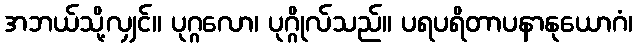
အဘယ်သို့လျှင်။ ပုဂ္ဂလော၊ ပုဂ္ဂိုလ်သည်။ ပရပရိတာပနာနုယောဂံ၊